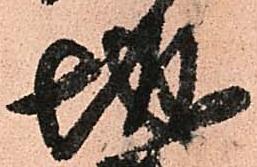
城